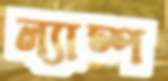
ল্যাম্প